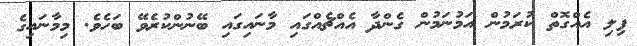
ފިލި އެއްގޮތް ކުރަމުން އަމުނަމުން ގެންދާ އެއްޗެއްގައި މާނައިގައި ބޭނުންކުރެވޭ ބަހެވެ. މިމާނައިގެ